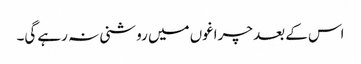
اس کے بعد چراغوں میں روشنی نہ رہے گی۔